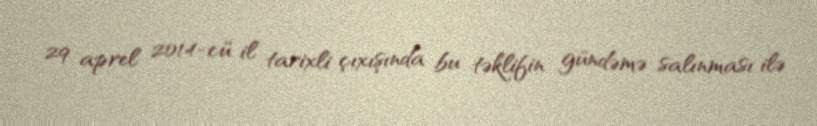
29 aprel 2014-cü il tarixli çıxışında bu təklifin gündəmə salınması ilə